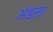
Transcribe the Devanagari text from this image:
अंडला